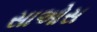
સાઓસ